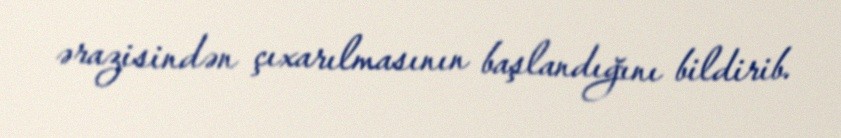
ərazisindən çıxarılmasının başlandığını bildirib.